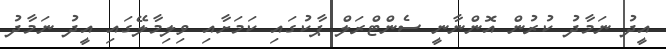
އީދު ނަމާދު ކުރުން އޮންނާނީ ސެންޓްރަލް ޕާކުގައި ކަމަށާއި ވިލިމާލޭގައި އީދު ނަމާދު